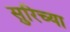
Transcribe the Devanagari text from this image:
सुरिच्या